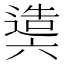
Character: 𨖰